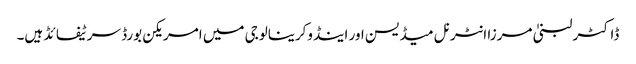
ڈاکٹر لبنیٰ مرزا انٹرنل میڈیسن اور اینڈوکرینالوجی میں‌ امریکن بورڈ سرٹیفائڈ ہیں۔